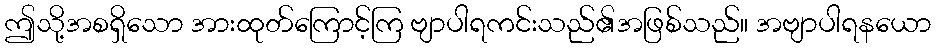
ဤသို့အစရှိသော အားထုတ်ကြောင့်ကြ ဗျာပါရကင်းသည်၏အဖြစ်သည်။ အဗျာပါရနယော